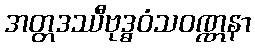
အတ္တဒဿီဗုဒ္ဓဝံသဝဏ္ဏနာ